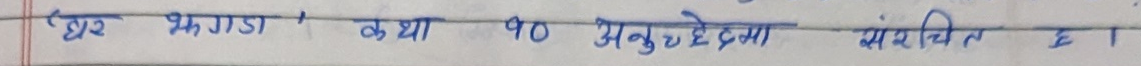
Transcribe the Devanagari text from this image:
घर भित्तामा क्या 90 अनुच्छेदमा संरक्षित छ ।